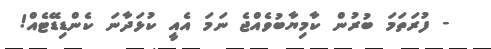
- ފުރަތަމަ ބުރުން ކާމިޔާބުވެއްޖެ ނަމަ އެއީ ކުޅަދާނަ ކެންޑިޑޭޓެއް!